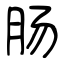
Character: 肠